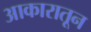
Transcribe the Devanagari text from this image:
आकारातून